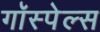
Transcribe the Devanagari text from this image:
गॉस्पेल्स